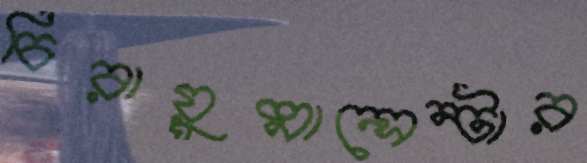
চিরায়ুষ্মান্‌সেন্টার